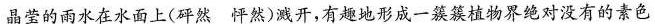
晶莹的雨水在水面上(砰然 怦然)减开，有趣地形成一簇簇植物界绝对没有的素色